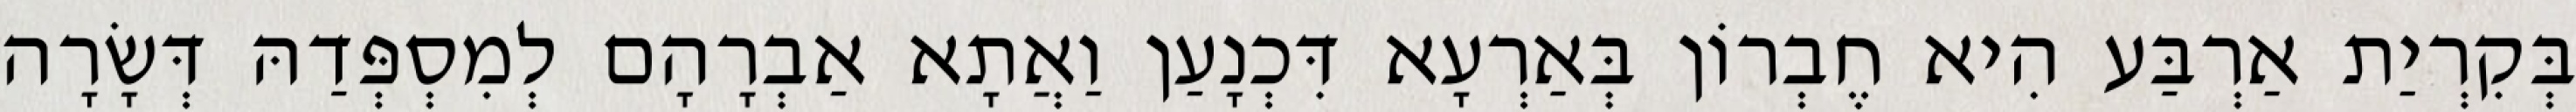
בְּקִרְיַת אַרְבַּע הִיא חֶבְרוֹן בְּאַרְעָא דִּכְנָעַן וַאֲתָא אַבְרָהָם לְמִסְפְּדַהּ דְּשָׂרָה